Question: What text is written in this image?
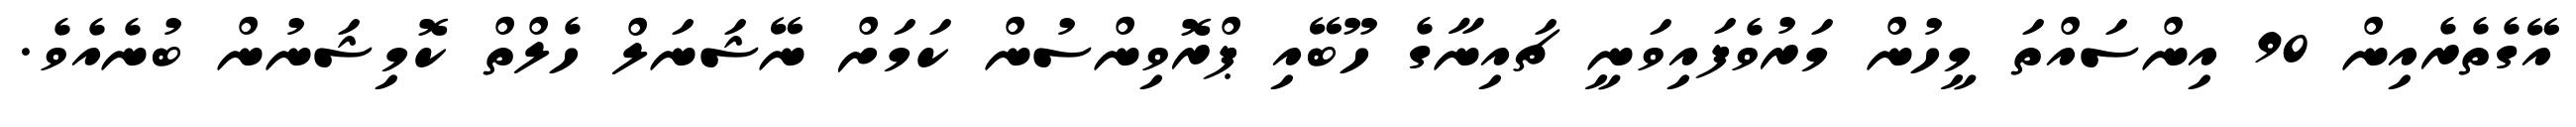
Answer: އޭގެތެރެއިން 90 އިންސައްތަ މީހުން މަރުވެފައިވަނީ ޗައިނާގެ ހޫބޭއި ޕްރޮވިންސުން ކަމަށް ނޭޝަނަލް ހެލްތް ކޮމިޝަނުން ބުނެއެވެ.